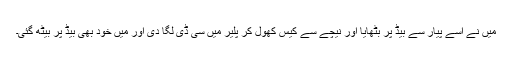
میں نے اسے پیار سے بیڈ پر بٹھایا اور نیچے سے کیس کھول کر پلیر میں سی ڈی لگا دی اور میں خود بھی بیڈ پر بیٹھ گئی۔